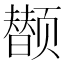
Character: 𲋂